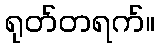
ရုတ်တရက်။